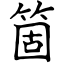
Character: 箇